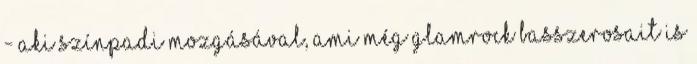
- aki színpadi mozgásával, ami még glamrock basszerosait is